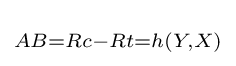
\scriptstyle {AB=Rc-Rt=h(Y,X)}